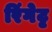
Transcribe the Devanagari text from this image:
रिंगेट्ट